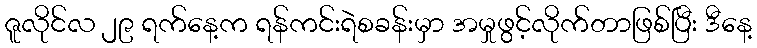
ဇူလိုင်လ ၂၉ ရက်နေ့က ရန်ကင်းရဲစခန်းမှာ အမှုဖွင့်လိုက်တာဖြစ်ပြီး ဒီနေ့